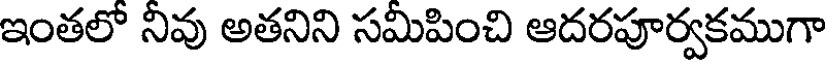
ఇంతలో నివు అతనిని సమిపించి ఆదరపూర్వకముగా